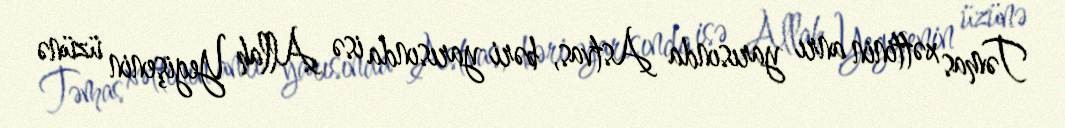
Təmas xəttinin anrı yarısında Astvas, bəri yarısında isə Allah Yegişenin üzünə